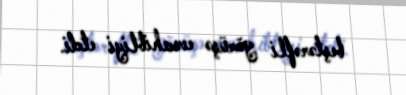
beştərəfli görüşə evsahibliyi etdi.